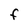
Character: F